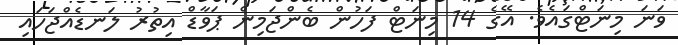
ވަނަ މިނަޓްގައެވެ. އޭގެ 14 މިނަޓް ފަހުން ބެންޖަމިން ޕަވާޑް އިތުރު ލަނޑެއްޖަހައި